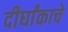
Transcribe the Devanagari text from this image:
दीर्घांकाचे